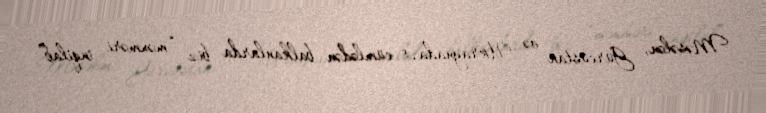
Məsələn, Gürcüstan və Ukraynada, o cümlədən balkanlarda biz “məxməri inqilab”